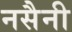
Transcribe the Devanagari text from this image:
नसैनी